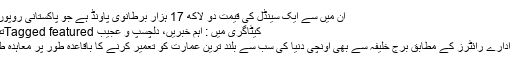
ان میں سے ایک سینڈل کی قیمت دو لاکھ 17 ہزار برطانوی پاونڈ ہے جو پاکستانی روپوں مزید پڑھیں
کیٹاگری میں : اہم خبریں، دلچسپ و عجیب Tagged featuredتبصرہ بھیجیں
چ خبر رساں ادارے رائٹرز کے مطابق برج خلیفہ سے بھی اونچی دنیا کی سب سے بلند ترین عمارت کو تعمیر کرنے کا باقاعدہ طور پر معاہدہ طے پاگیا ہے۔